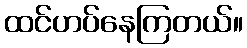
ထင်ဟပ်နေကြတယ်။